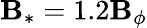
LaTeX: \mathbf{B}_{*}=1.2\mathbf{B}_{\phi}